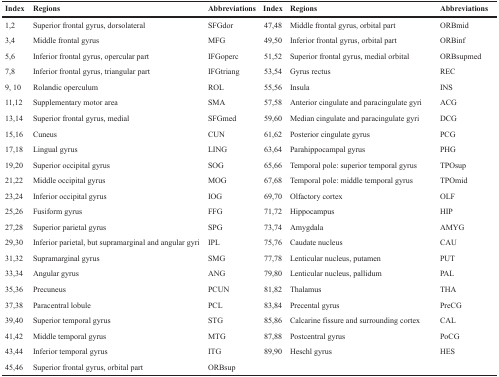
| Index | Regions | Abbreviations | Index | Regions | Abbreviations |
 | --- | --- | --- | --- | --- | --- |
 | 1,2 | Superior frontal gyrus, dorsolateral | SFGdor | 47,48 | Middle frontal gyrus, orbital part | ORBmid |
 | 3,4 | Middle frontal gyrus | MFG | 49,50 | Inferior frontal gyrus, orbital part | ORBinf |
 | 5,6 | Inferior frontal gyrus, opercular part | IFGoperc | 51,52 | Superior frontal gyrus, medial orbital | ORBsupmed |
 | 7,8 | Inferior frontal gyrus, triangular part | IFGtriang | 53,54 | Gyrus rectus | REC |
 | 9, 10 | Rolandic operculum | ROL | 55,56 | Insula | INS |
 | 11,12 | Supplementary motor area | SMA | 57,58 | Anterior cingulate and paracingulate gyri | ACG |
 | 13,14 | Superior frontal gyrus, medial | SFGmed | 59,60 | Median cingulate and paracingulate gyri | DCG |
 | 15,16 | Cuneus | CUN | 61,62 | Posterior cingulate gyrus | PCG |
 | 17,18 | Lingual gyrus | LING | 63,64 | Parahippocampal gyrus | PHG |
 | 19,20 | Superior occipital gyrus | SOG | 65,66 | Temporal pole: superior temporal gyrus | TPOsup |
 | 21,22 | Middle occipital gyrus | MOG | 67,68 | Temporal pole: middle temporal gyrus | TPOmid |
 | 23,24 | Inferior occipital gyrus | IOG | 69,70 | Olfactory cortex | OLF |
 | 25,26 | Fusiform gyrus | FFG | 71,72 | Hippocampus | HIP |
 | 27,28 | Superior parietal gyrus | SPG | 73,74 | Amygdala | AMYG |
 | 29,30 | Inferior parietal, but supramarginal and angular gyri | IPL | 75,76 | Caudate nucleus | CAU |
 | 31,32 | Supramarginal gyrus | SMG | 77,78 | Lenticular nucleus, putamen | PUT |
 | 33,34 | Angular gyrus | ANG | 79,80 | Lenticular nucleus, pallidum | PAL |
 | 35,36 | Precuneus | PCUN | 81,82 | Thalamus | THA |
 | 37,38 | Paracentral lobule | PCL | 83,84 | Precental gyrus | PreCG |
 | 39,40 | Superior temporal gyrus | STG | 85,86 | Calcarine fissure and surrounding cortex | CAL |
 | 41,42 | Middle temporal gyrus | MTG | 87,88 | Postcentral gyrus | PoCG |
 | 43,44 | Inferior temporal gyrus | ITG | 89,90 | Heschl gyrus | HES |
 | 45,46 | Superior frontal gyrus, orbital part | ORBsup |  |  |  |